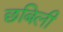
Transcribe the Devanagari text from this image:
छबिली